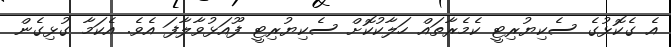
އެ ގެކޮޅުގެ ސެކިޔުރިޓީ ކެމެރާތައް ހަލާކުކޮށް ސެކިޔުރިޓީ ފޫއަޅުވާލާފަ އެވެ. އެކަމާ ގުޅިގެން